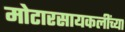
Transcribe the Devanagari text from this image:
मोटारसायकलींच्या